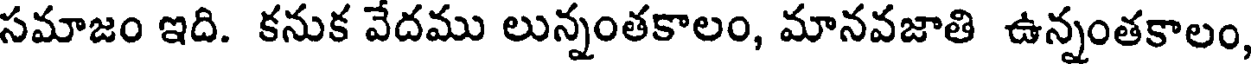
సమాజం ఇది. కనుక వేదము లున్నంతకాలం, మానవజాతి ఉన్నంతకాలం,